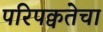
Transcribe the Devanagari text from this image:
परिपक्वतेचा